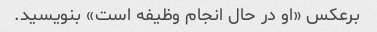
برعکس «او در حال انجام وظیفه است» بنویسید.